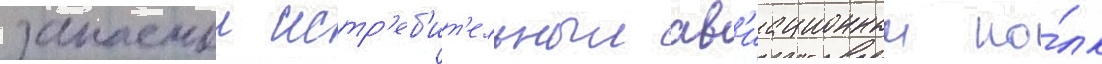
запаснои истр'еб'ит'ельныи ав'иационныи по́лк